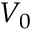
V _ { 0 }